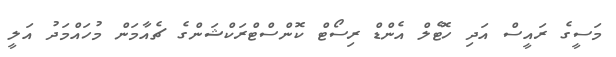
މަސީގެ ރައީސް އަދި ހޮޓެލް އެންޑް ރިސޯޓް ކޮންސްޓްރަކްޝަންގެ ޗެއާމަން މުހައްމަދު އަލީ